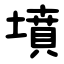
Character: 墳